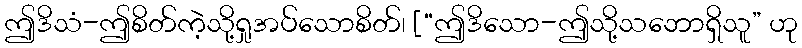
ဤဒိသံ-ဤစိတ်ကဲ့သို့ရှုအပ်သောစိတ်၊ [“ဤဒိသော-ဤသို့သဘောရှိသူ” ဟု